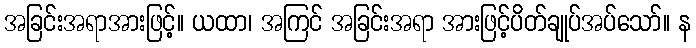
အခြင်းအရာအားဖြင့်။ ယထာ၊ အကြင် အခြင်းအရာ အားဖြင့်ပိတ်ချုပ်အပ်သော်။ န